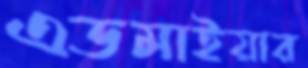
এডমাইয়ার